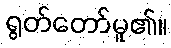
ရွတ်တော်မူ၏။